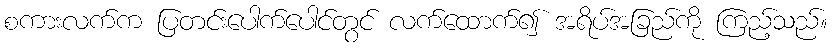
စကားလက်က ပြတင်းပေါက်ပေါင်တွင် လက်ထောက်၍ အရိပ်အခြည်ကို ကြည့်သည်။